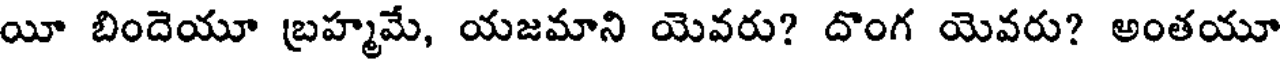
యీ బిందెయూ బ్రహ్మమే, యజమాని యెవరు? దొంగ యెవరు? అంతయూ